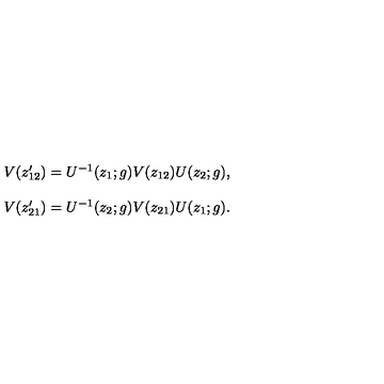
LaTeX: \begin{array} { c } { V ( z _ { 1 2 } ^ { \prime } ) = U ^ { - 1 } ( z _ { 1 } ; g ) V ( z _ { 1 2 } ) U ( z _ { 2 } ; g ) , } \\ { { } } \\ { V ( z _ { 2 1 } ^ { \prime } ) = U ^ { - 1 } ( z _ { 2 } ; g ) V ( z _ { 2 1 } ) U ( z _ { 1 } ; g ) . } \\ \end{array}